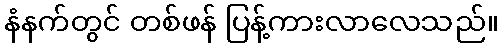
နံနက်တွင် တစ်ဖန် ပြန့်ကားလာလေသည်။